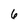
Character: 6